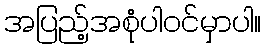
အပြည့်အစုံပါဝင်မှာပါ။